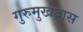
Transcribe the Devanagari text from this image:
गुरुमुखदास